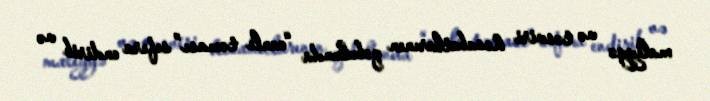
maliyyə və təsviri hesabatlarının qəbulunda “canlı təması” sıfıra endirib və